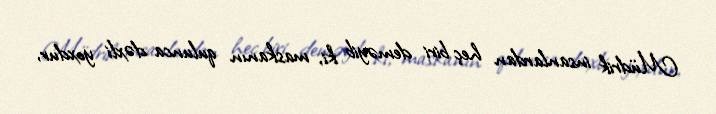
Müdrik insanlardan heç biri deməyib ki, maskanın qulunca dəxli yoxdur,